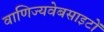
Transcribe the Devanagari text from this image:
वाणिज्यवेबसाइटों